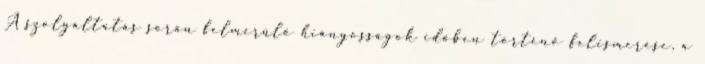
A szolgáltatás során felmerülő hiányosságok időben történő felismerése, a